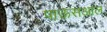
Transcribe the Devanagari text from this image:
पाऊसआल